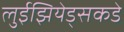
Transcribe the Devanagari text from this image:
लुईझियेड्सकडे